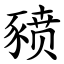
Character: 豮